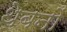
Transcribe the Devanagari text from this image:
थेबनों